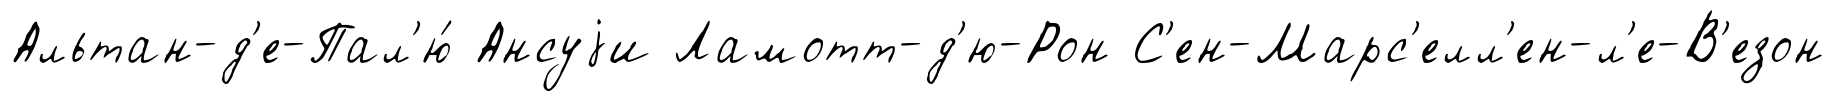
Альтан-д'е-Пал'ю́ Ансуjи Ламотт-д'ю-Рон С'ен-Марс'елл'ен-л'е-В'езон